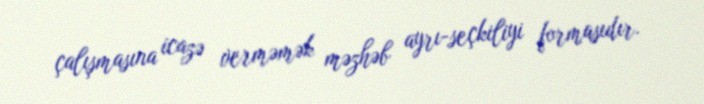
çalışmasına icazə verməmək məzhəb ayrı-seçkiliyi formasıdır.